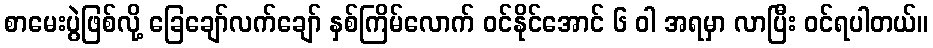
စာမေးပွဲဖြစ်လို့ ခြေချော်လက်ချော် နှစ်ကြိမ်လောက် ဝင်နိုင်အောင် ၆ ဝါ အရမှာ လာပြီး ဝင်ရပါတယ်။